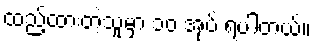
ထည့်ထားတဲ့သူမှာ ၁၀ အုပ် ရပါတယ်။